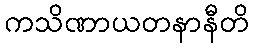
ကသိဏာယတနာနီတိ